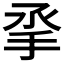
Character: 𢪻